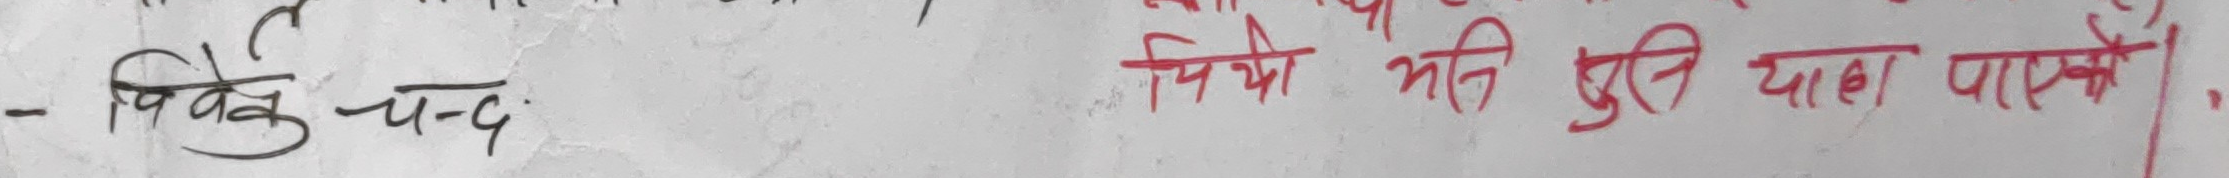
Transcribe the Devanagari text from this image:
- पिके चन्द्र पियो भरि दुरी थाहा पाएको।